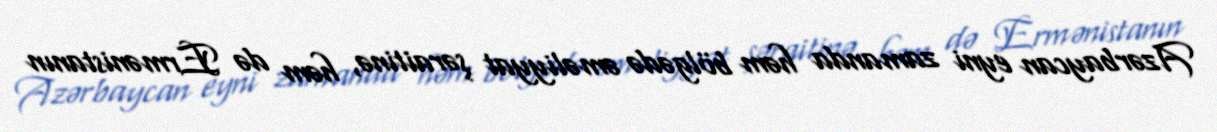
Azərbaycan eyni zamanda həm bölgədə əməliyyat şəraitinə, həm də Ermənistanın